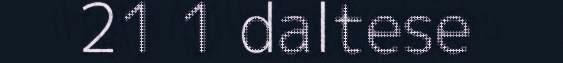
21 1 daltese